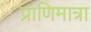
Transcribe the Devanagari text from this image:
प्राणिमात्रा